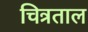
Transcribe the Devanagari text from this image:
चित्रताल